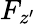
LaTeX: F_{z^{\prime}}